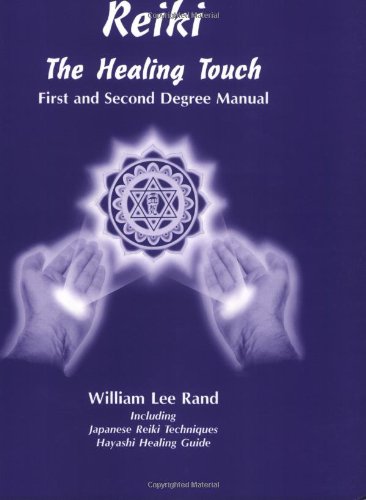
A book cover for Reiki: The Healing Touch - First and Second Degree Manual; William Lee Rand; Health, Fitness & Dieting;